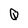
Character: Q